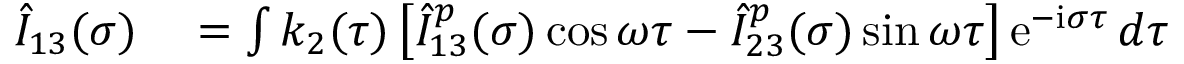
\begin{array} { r l } { \hat { I } _ { 1 3 } ( \sigma ) } & { { } = \int k _ { 2 } ( \tau ) \left[ \hat { I } _ { 1 3 } ^ { p } ( \sigma ) \cos \omega \tau - \hat { I } _ { 2 3 } ^ { p } ( \sigma ) \sin \omega \tau \right] \mathrm { e } ^ { - \mathrm { i } \sigma \tau } \, d \tau } \end{array}